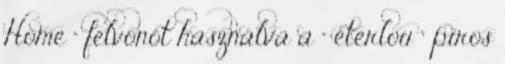
Home " felvonót használva a " éterlou " piros